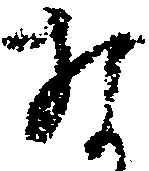
な